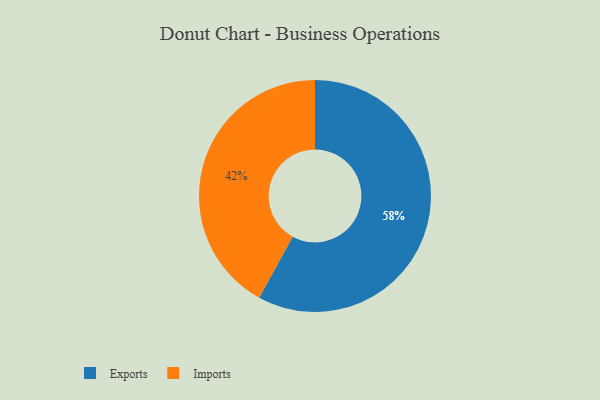
{"axis": {"x": "Category", "y": "Percentage"}, "legend": ["Exports", "Imports"], "data": [{"x": "Exports", "y": 58, "type": "Exports"}, {"x": "Imports", "y": 42, "type": "Imports"}]}